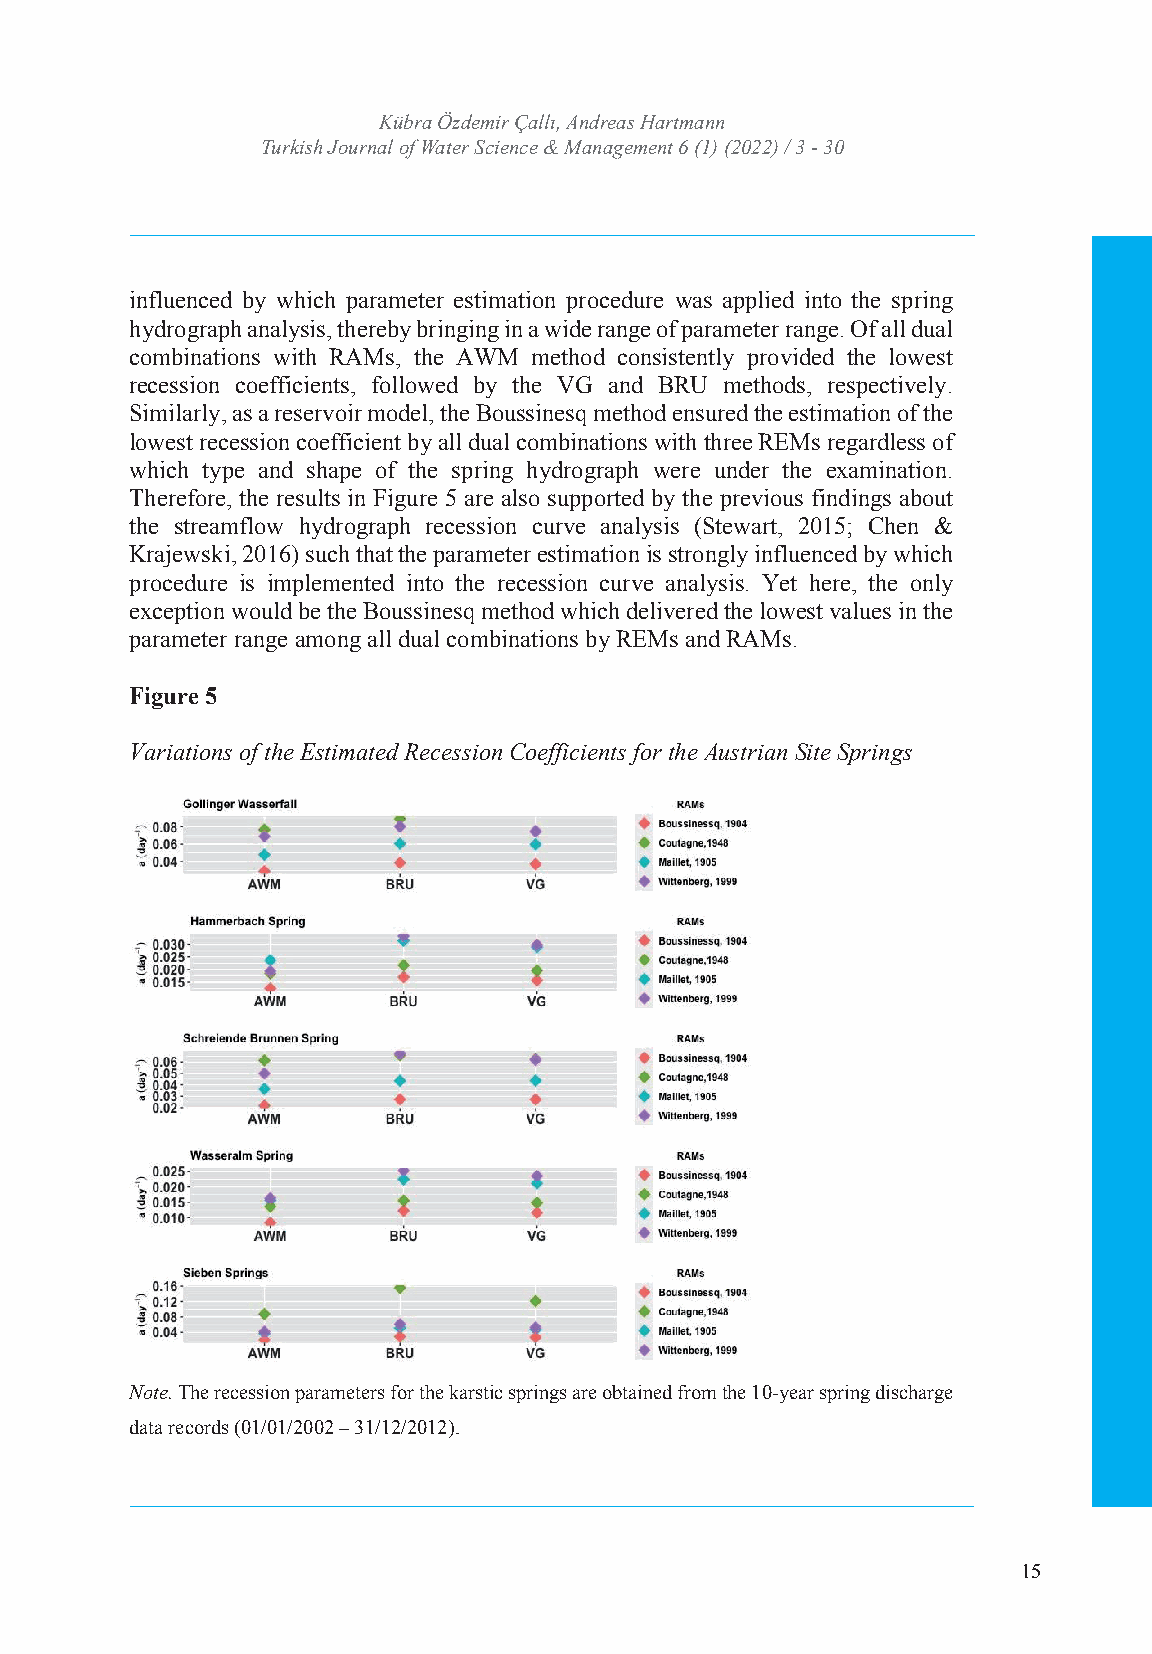
TURKISH JOURNAL OF WATER SCIENCE AND MANAGEMENT
 TurkKisühb rJao uÖrnzdale mofi rW Çaatellrı ,S Acniednrceea s& H Maratnmaagnenment
 Turkish Journal of WISaSNte:r 2 S53c6i e4n7c4Xe &/ e -MISSaNn:a 2g5e6m4-e7n33t 46 (1) (2022) / 3 - 30
 Volume: 6 Issue: 1 Year: 2022
 influenced by which parameter estimation procedure was applied into the spring
 hydrograph analysis, thereby bringing in a wide range of parameter range. Of all dual
 combinations with RAMs, the AWM method consistently provided the lowest
 recession coefficients, followed by the VG and BRU methods, respectively.
 Similarly, as a reservoir model, the Boussinesq method ensured the estimation of the
 lowest recession coefficient by all dual combinations with three REMs regardless of
 which type and shape of the spring hydrograph were under the examination.
 Therefore, the results in Figure 5 are also supported by the previous findings about
 the streamflow hydrograph recession curve analysis (Stewart, 2015; Chen &
 Krajewski, 2016) such that the parameter estimation is strongly influenced by which
 procedure is implemented into the recession curve analysis. Yet here, the only
 exception would be the Boussinesq method which delivered the lowest values in the
 parameter range among all dual combinations by REMs and RAMs.
 Figure 5
 Variations of the Estimated Recession Coefficients for the Austrian Site Springs
 Note. The recession parameters for the karstic springs are obtained from the 10-year spring discharge
 data records (01/01/2002 – 31/12/2012).
 15